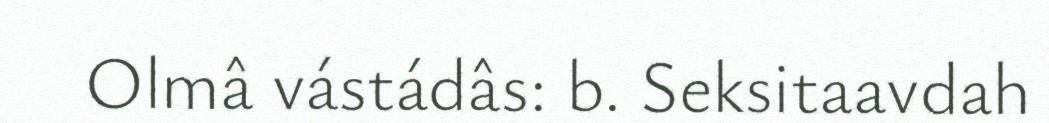
Olmâ vástádâs: b. Seksitaavdah